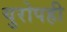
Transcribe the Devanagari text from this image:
युरोपही